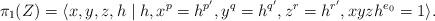
LaTeX: \begin{align*}\pi_1(Z) = \langle x,y,z,h \mid h , x^p = h^{p'}, y^q = h^{q'}, z^r = h^{r'}, xyzh^{e_0} = 1 \rangle. \end{align*}